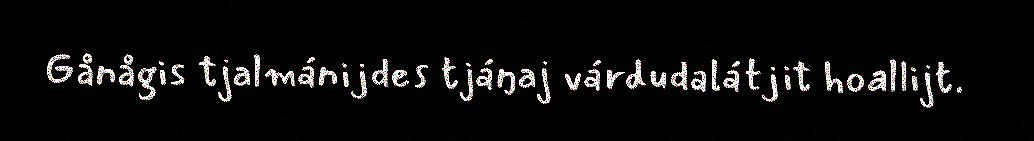
Gånågis tjalmánijdes tjáŋaj várdudalátjit hoallijt.